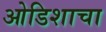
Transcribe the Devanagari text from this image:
ओडिशाचा